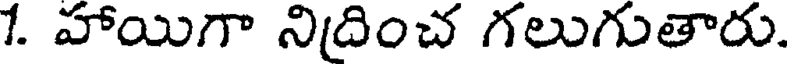
1. హాయిగా నిదించ గలుగుతారు.